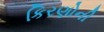
કિરણોની